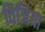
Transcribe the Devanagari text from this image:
विजिया